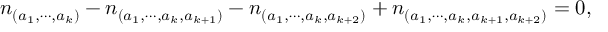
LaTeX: n _ { ( a _ { 1 } , \cdots , a _ { k } ) } - n _ { ( a _ { 1 } , \cdots , a _ { k } , a _ { k + 1 } ) } - n _ { ( a _ { 1 } , \cdots , a _ { k } , a _ { k + 2 } ) } + n _ { ( a _ { 1 } , \cdots , a _ { k } , a _ { k + 1 } , a _ { k + 2 } ) } = 0 ,